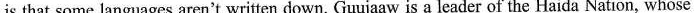
is that some languages aren't written down. Guujaaw is a leader of the Haida Nation, whose